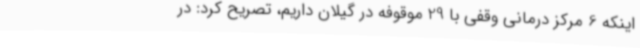
اینکه 6 مرکز درمانی وقفی با 29 موقوفه در گیلان داریم، تصریح کرد: در